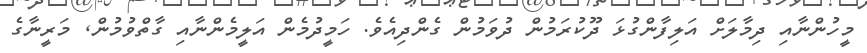
މީހުންނާއި ދިމާލަށް އަލިފާންގުޅަ ދޫކުރަމުން ދުވަމުން ގެންދިއެވެ. ހަމީދުމެން އަލީމެންނާއި ގާތްވުމުން